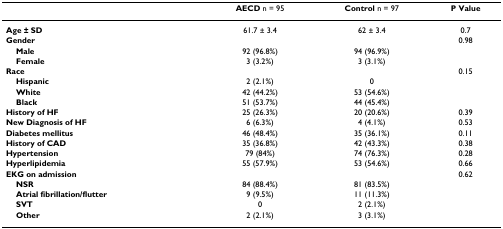
|  | AECD n = 95 | Control n = 97 | P Value |
 | --- | --- | --- | --- |
 | Age ± SD | 61.7 ± 3.4 | 62 ± 3.4 | 0.7 |
 | Gender |  |  | 0.98 |
 | Male | 92 (96.8%) | 94 (96.9%) |  |
 | Female | 3 (3.2%) | 3 (3.1%) |  |
 | Race |  |  | 0.15 |
 | Hispanic | 2 (2.1%) | 0 |  |
 | White | 42 (44.2%) | 53 (54.6%) |  |
 | Black | 51 (53.7%) | 44 (45.4%) |  |
 | History of HF | 25 (26.3%) | 20 (20.6%) | 0.39 |
 | New Diagnosis of HF | 6 (6.3%) | 4 (4.1%) | 0.53 |
 | Diabetes mellitus | 46 (48.4%) | 35 (36.1%) | 0.11 |
 | History of CAD | 35 (36.8%) | 42 (43.3%) | 0.38 |
 | Hypertension | 79 (84%) | 74 (76.3%) | 0.28 |
 | Hyperlipidemia | 55 (57.9%) | 53 (54.6%) | 0.66 |
 | EKG on admission |  |  | 0.62 |
 | NSR | 84 (88.4%) | 81 (83.5%) |  |
 | Atrial fibrillation/flutter | 9 (9.5%) | 11 (11.3%) |  |
 | SVT | 0 | 2 (2.1%) |  |
 | Other | 2 (2.1%) | 3 (3.1%) |  |